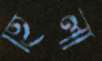
হিলা